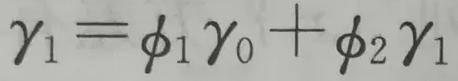
$\gamma_1=\phi_1\gamma_0+\phi_2\gamma_1$